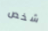
شخص